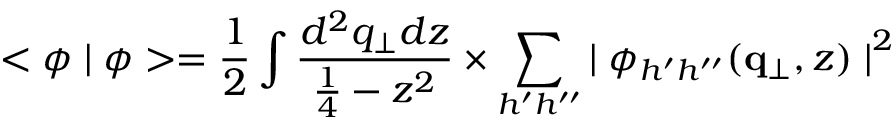
< \phi \mid \phi > = { \frac { 1 } { 2 } } \int { \frac { d ^ { 2 } q _ { \perp } d z } { { \frac { 1 } { 4 } } - z ^ { 2 } } } \times \sum _ { h ^ { \prime } h ^ { \prime \prime } } { \mid \phi _ { h ^ { \prime } h ^ { \prime \prime } } ( { \bf q } _ { \perp } , z ) \mid } ^ { 2 }